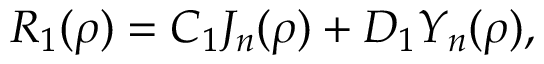
R _ { 1 } ( \rho ) = C _ { 1 } J _ { n } ( \rho ) + D _ { 1 } Y _ { n } ( \rho ) ,